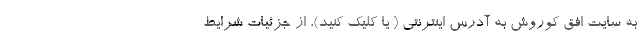
به سایت افق کوروش به آدرس اینترنتی ( یا کلیک کنید)، از جزئیات شرایط